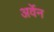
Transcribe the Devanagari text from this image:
अर्वेन